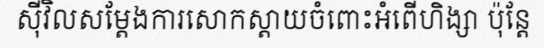
ស៊ីវិលសម្តែងការសោកស្តាយចំពោះអំពើហិង្សា ប៉ុន្តែ